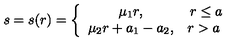
s = s ( r ) = \left\{ \begin{array} { c c } { \mu _ { 1 } r , } & { r \leq a } \\ { \mu _ { 2 } r + a _ { 1 } - a _ { 2 } , } & { r > a \ } \\ \end{array} \right.